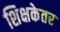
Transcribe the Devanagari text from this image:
शिक्षकेतर